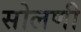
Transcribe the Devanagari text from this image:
सोलणी